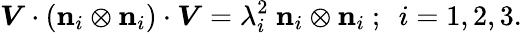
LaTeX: {\boldsymbol{V}}\cdot(\mathbf{n}_{i}\otimes\mathbf{n}_{i})\cdot{\boldsymbol{V}}=\lambda_{i}^{2}~\mathbf{n}_{i}\otimes\mathbf{n}_{i}~;~~i=1,2,3.